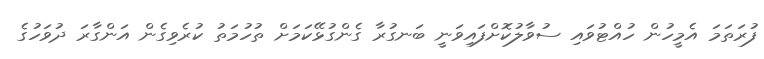
ފުރަތަމަ އެމީހުން ހުއްޓުވައި ސުވާލުކޮށްފައިވަނީ ބަނގުރާ ގެންގުޅޭކަމަށް ތުހުމަތު ކުރެވިގެން އަންގާރަ ދުވަހުގެ